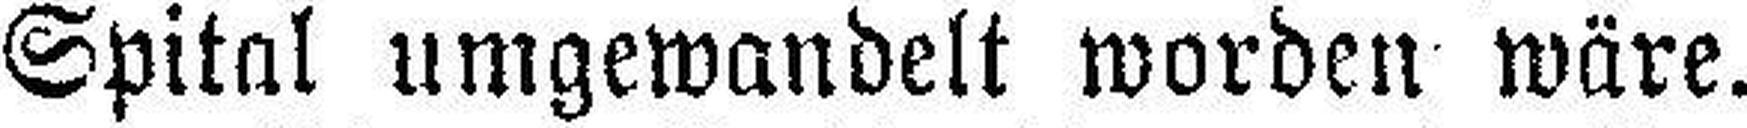
Spital umgewandelt worden wäre.